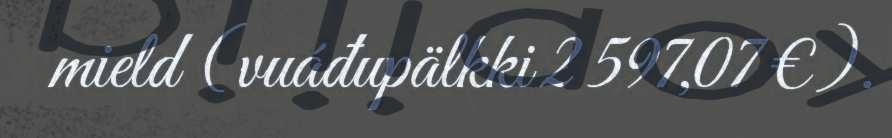
mield (vuáđupälkki 2 597,07 €).